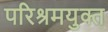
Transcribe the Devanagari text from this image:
परिश्रमयुक्त